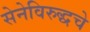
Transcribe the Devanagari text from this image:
सेनेविरुद्धचे